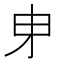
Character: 𭺽